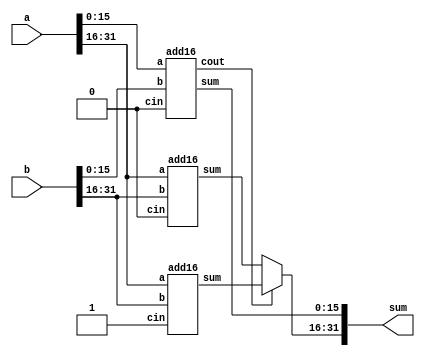
// This program was cloned from: https://github.com/BriceLucifer/DDCA-verilog
// License: MIT License

module top_module(
    input [31:0] a,
    input [31:0] b,
    output [31:0] sum
);

wire signwire;
wire [15:0]sel0;
wire [15:0]sel1;
add16 adder(a[15:0],b[15:0],1'b0,sum[15:0],signwire);
add16 num0(a[31:16],b[31:16],1'b0,sel0,);
add16 num01(a[31:16],b[31:16],1'b1,sel1,);

assign sum[31:16] = signwire? sel1 : sel0;

endmodule

module add16 ( 
    input[15:0] a, input[15:0] b, input cin, 
    output[15:0] sum, output cout );

endmodule